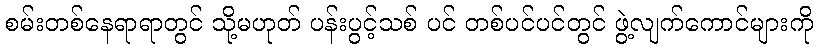
စမ်းတစ်နေရာရာတွင် သို့မဟုတ် ပန်းပွင့်သစ် ပင် တစ်ပင်ပင်တွင် ဖွဲ့လျက်ကောင်များကို